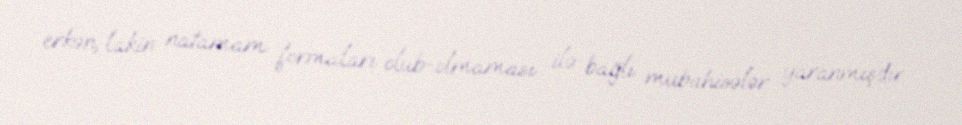
erkən, lakin natamam formaları olub-olmaması ilə bağlı mübahisələr yaranmışdır.